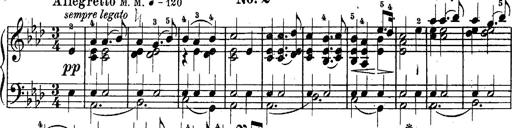
Title: Schubert's Impromptus [revised and edited by Franz Liszt]
Composer: Franz Liszt